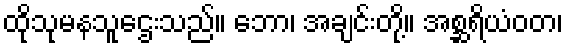
ထိုသုမနသူဌေးသည်။ ဘော၊ အချင်းတို့။ အစ္ဆရိယံဝတ၊